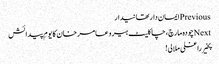
Previousایمان دار تھانیدار
Nextچودہ مارچ، چاکلیٹ ہیرو عامر خان کا یومِ پیدائش
پخیر راغلی ملالی!